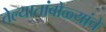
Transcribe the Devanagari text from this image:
तेल्यातांबोळ्यांचे